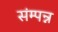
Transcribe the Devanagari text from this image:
संम्पन्न